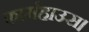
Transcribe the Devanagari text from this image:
फार्महाउस।